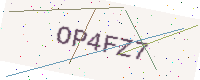
Text: OP4FZ7